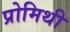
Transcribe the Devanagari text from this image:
प्रोमिथी